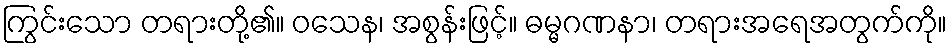
ကြွင်းသော တရားတို့၏။ ဝသေန၊ အစွန်းဖြင့်။ ဓမ္မဂဏနာ၊ တရားအရေအတွက်ကို။